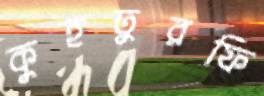
কুহতুরফি